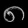
Digit: ၈